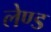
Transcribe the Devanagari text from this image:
लेण्ड